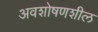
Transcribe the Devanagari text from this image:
अवशोषणशील